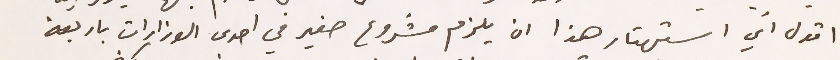
اقول أي استهتار هذا ان يلزم مشروع صغير في احدى الوزارات باربعة